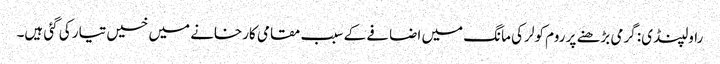
راولپنڈی: گرمی بڑھنے پر روم کولر کی مانگ میں اضافے کے سبب مقامی کارخانے میں خسیں تیار کی گئی ہیں۔